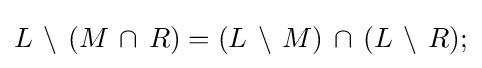
L\,\setminus \,(M\,\cap \,R)=(L\,\setminus \,M)\,\cap \,(L\,\setminus \,R);